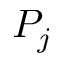
P _ { j }